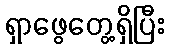
ရှာဖွေတွေ့ရှိပြီး